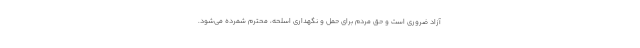
آزاد ضروری است و حق مردم برای حمل و نگهداری اسلحه، محترم شمرده می‌شود.